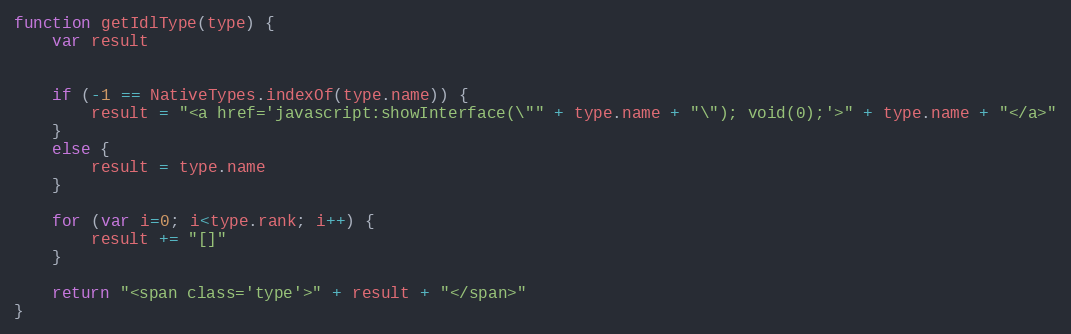
Language: JavaScript
function getIdlType(type) {
    var result

    if (-1 == NativeTypes.indexOf(type.name)) {
        result = "<a href='javascript:showInterface(\"" + type.name + "\"); void(0);'>" + type.name + "</a>"
    }
    else {
        result = type.name
    }

    for (var i=0; i<type.rank; i++) {
        result += "[]"
    }

    return "<span class='type'>" + result + "</span>"
}